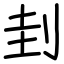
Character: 刲